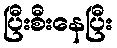
ပြီးစီးနေပြီး